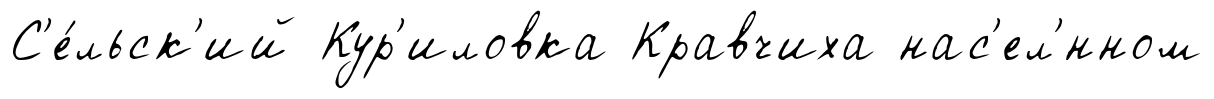
С'е́льск'ий Кур'иловка Кравчиха нас'ел'́нном